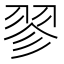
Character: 翏